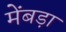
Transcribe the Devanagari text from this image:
मेंबड़ा